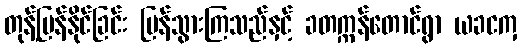
တုန့်ပြန်နိုင်ခြင်း ပြန်သွားကြသည်နှင့် ခတက္ကန်တောင်ရွာ ယခငကှ